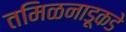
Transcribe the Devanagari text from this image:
तमिळनाडूकडे